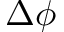
\Delta \phi